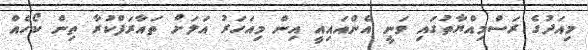
މިއަދުގެ ރަސްމިއްޔާތުގައި ވަނީ އެންއައިއީ އިން މިއަހަރު އަލަށް ތައާރަފްކުރާ ތިން ކޯހެއް